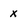
Character: x